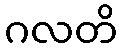
ဂလတိ